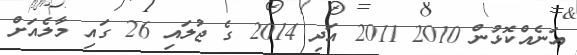
އަނެއްކޮޅުން 2010 2011 އަދި 2014 ގެ ޖުލައި 26 ގައި މާލެއަށް